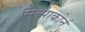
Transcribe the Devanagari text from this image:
सिल्पाकोर्न